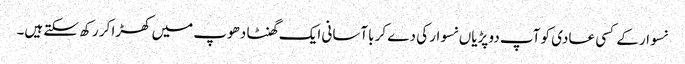
نسوار کے کسی عادی کو آپ دو پڑیاں نسوار کی دے کر باآسانی ایک گھنٹا دھوپ میں کھڑا کر رکھ سکتے ہیں۔